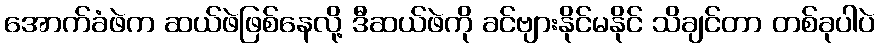
အောက်ခံဖဲက ဆယ်ဖဲဖြစ်နေလို့ ဒီဆယ်ဖဲကို ခင်ဗျားနိုင်မနိုင် သိချင်တာ တစ်ခုပါပဲ